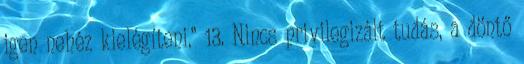
igen nehéz kielégíteni.” 13. Nincs privilegizált tudás, a döntő